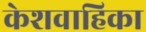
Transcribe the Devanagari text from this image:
केशवाहिका